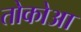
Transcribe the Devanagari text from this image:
तोकोआ